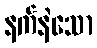
နက်နဲသော